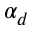
\alpha _ { d }